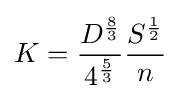
K={\frac {{D}^{\frac {8}{3}}}{{4}^{\frac {5}{3}}}}{\frac {{S}^{\frac {1}{2}}}{n}}